Report on horse surra - Volume I
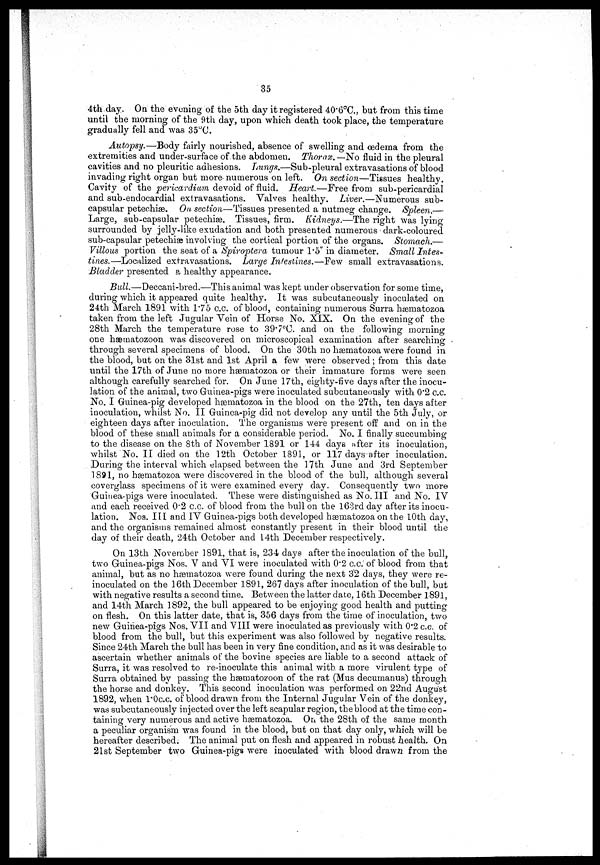
35
4th day. On the evening of the 5th day it registered 40.6°C., but from this time
until the morning of the 9th day, upon which death took place, the temperature
gradually fell and was 35°C.
Autopsy.—Body fairly nourished, absence of swelling and œdema from the
extremities and under-surface of the abdomen. Thorax. — No fluid in the pleural
cavities and no pleuritic adhesions. Lungs.—Sub-pleural extravasations of blood
invading right organ but more numerous on left. On section—Tissues healthy.
Cavity of the pericardium devoid of fluid. Heart.—Free from sub-pericardial
and sub-endocardial extravasations. Valves healthy. Liver.—Numerous sub-
capsular petechias. On. section—Tissues presented a nutmeg change. Spleen.—
Large, sub-capsular petechiæ. Tissues, firm. Kidneys.—The right was lying
surrounded by jelly-like exudation and both presented numerous dark-coloured
sub-capsular petechiæ involving the cortical portion of the organs. Stomach.—
Villous portion the seat of a Spiroptera tumour 1.5" in diameter. Small Intes-
tines.—Localized extravasations. Large Intestines.—Few small extravasations.
Bladder presented a healthy appearance.
Bull.—Deccani-bred.—This animal was kept under observation for some time,
during which it appeared quite healthy. It was subcutaneously inoculated on
24th March 1891 with 1.75 c.c. of blood, containing numerous Surra hæmatozoa
taken from the left Jugular Vein of Horse No. XIX. On the evening of the
28th March the temperature rose to 39.7°C. and on the following morning
one hæmatozoon was discovered on microscopical examination after searching
through several specimens of blood. On the 30th no hæmatozoa were found in
the blood, but on the 31st and 1st April a few were observed ; from this date
until the 17th of June no more hæmatozoa or their immature forms were seen
although carefully searched for. On June 17th, eighty-five days after the inocu-
lation of the animal, two Guinea-pigs were inoculated subcutaneously with 0.2 c.c.
No. I Guinea-pig developed hæmatozoa in the blood on the 27th, ten days after
inoculation, whilst No. II Guinea-pig did not develop any until the 5th July, or
eighteen days after inoculation. The organisms were present off and on in the
blood of these small animals for a considerable period. No. I finally succumbing
to the disease on the 8th of November 1891 or 144 days after its inoculation,
whilst No. II died on the 12th October .1891, or 117 days after inoculation.
During the interval which elapsed between the 17th June and 3rd September
1891, no hæmatozoa were discovered in the blood of the bull, although several
coverglass specimens of it were examined every day. Consequently two more
Guinea-pigs were inoculated. These were distinguished as No. III and No. IV
and each received 0.2 c.c. of blood from the bull on the 163rd day after its inocu-
lation. Nos. III and IV Guinea-pigs both developed hæmatozoa on the 10th day,
and the organisms remained almost constantly present in their blood until the
day of their death, 24th October and 14th December respectively.
On 13th November 1891, that is, 234 days after the inoculation of the bull,
two Guinea-pigs Nos. V and VI were inoculated with 0.2 c.c. of blood from that
animal, but as no hæmatozoa were found during the next 3'2 days, they were re-
inoculated on the 16th December 1891, 267 days after inoculation of the bull, but
with negative results a second time. Between the latter date, 16th December 1891,
and 14th March 1892, the bull appeared to be enjoying good health and putting
on flesh. On this latter date, that is, 356 days from the time of inoculation, two
new Guinea-pigs Nos. VII and VIII were inoculated as previously with 0.2 c.c. of
blood from the bull, but this experiment was also followed by negative results.
Since 24th March the bull has been in very fine condition, and as it was desirable to
ascertain whether animals of the bovine species are liable to a second attack of
Surra, it was resolved to re-inoculate this animal with a more virulent type of
Surra obtained by passing the hæmatozoon of the rat (Mus decumanus) through
the horse and donkey. This second inoculation was performed on 22nd August
1892, when l*0c.c. of blood drawn from the Internal Jugular Vein of the donkey,
was subcutaneously injected over the left scapular region, the blood at the time con-
taining very numerous and active hæmatozoa. On the 28th of the same month
a peculiar organism was found in the blood, but on that day only, which will be
hereafter described; The animal put on flesh and appeared in robust health. On
21st September two Guinea-pigs were inoculated with blood drawn from the